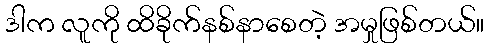
ဒါက လူကို ထိခိုက်နစ်နာစေတဲ့ အမှုဖြစ်တယ်။